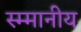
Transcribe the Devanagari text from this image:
स्म्मानीय